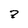
Character: 7